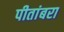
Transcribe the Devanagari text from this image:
पीतांबरा